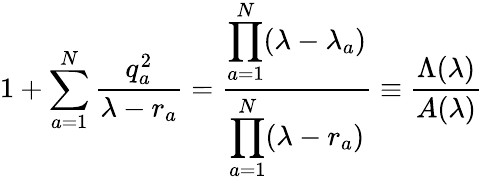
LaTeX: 1+\sum_{a=1}^{N}\frac{q_{a}^{2}}{\lambda-r_{a}}=\frac{\displaystyle\prod_{a=1}^{N}(\lambda-\lambda_{a})}{\displaystyle\prod_{a=1}^{N}(\lambda-r_{a})}\equiv\frac{\Lambda(\lambda)}{A(\lambda)}